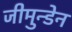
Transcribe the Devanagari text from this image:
जीमुन्डेन